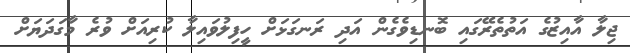
ޖިލާ އާއިޒުގެ އަތުތެރޭގައި ބޮނޑިވެގެން އަދި ރަނގަޅަށް ހީފިލުވައިލާ ކުރިއަށް ވުރެ މާގަދަޔަށް